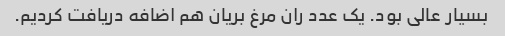
بسیار عالی بود. یک عدد ران مرغ بریان هم اضافه دریافت کردیم.